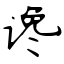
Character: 谗